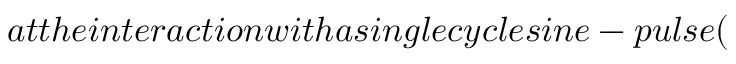
a t t h e i n t e r a c t i o n w i t h a s i n g l e c y c l e s i n e - p u l s e (